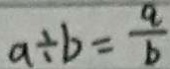
a \div b = \frac { a } { b }